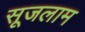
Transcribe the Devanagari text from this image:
सूजलाम